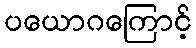
ပယောဂကြောင့်